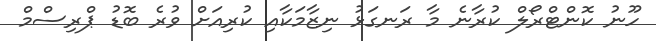
ހޫނު ކޮންޓްރޯލް ކުރާނެ މާ ރަނގަޅު ނިޒާމަކާއި ކުރިއަށް ވުރެ ބޮޑު ޕްރިސްމް